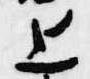
上